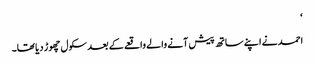
‘
احمد نے اپنے ساتھ پیش آنے والے واقعے کے بعد سکول چھوڑ دیا تھا۔